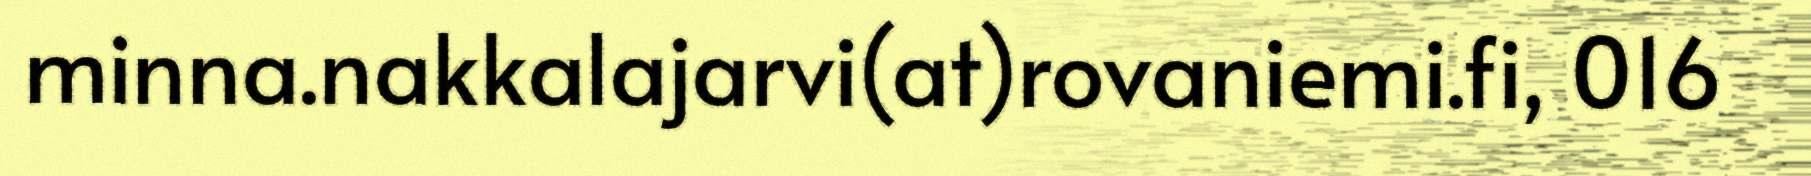
minna.nakkalajarvi(at)rovaniemi.fi, 016